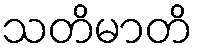
သတိမာတိ